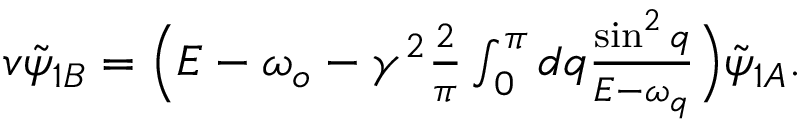
\begin{array} { r } { v \tilde { \psi } _ { 1 B } = \Big ( E - \omega _ { o } - \gamma ^ { 2 } \frac { 2 } { \pi } \int _ { 0 } ^ { \pi } d q \frac { \sin ^ { 2 } { q } } { E - \omega _ { q } } \Big ) \tilde { \psi } _ { 1 A } . } \end{array}